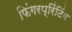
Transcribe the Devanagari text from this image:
फिंगरप्रिंटिंग